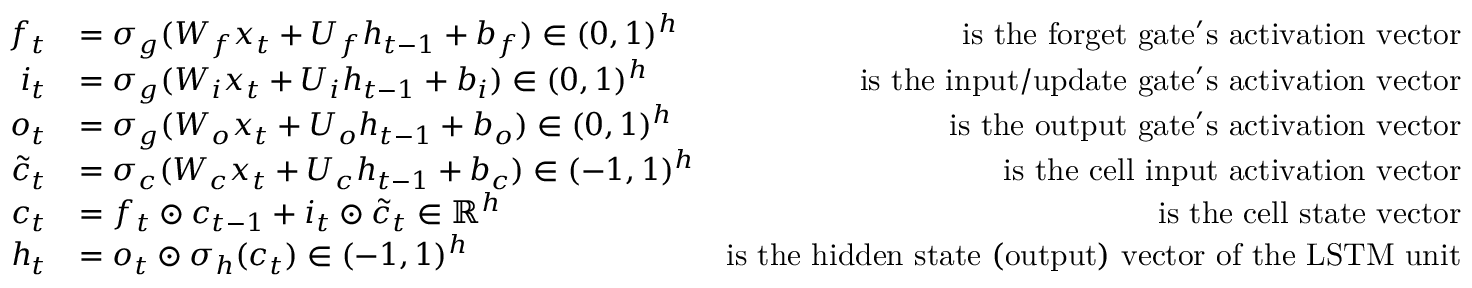
\begin{array} { r l r } { f _ { t } } & { = \sigma _ { g } ( W _ { f } x _ { t } + U _ { f } h _ { t - 1 } + b _ { f } ) \in ( 0 , 1 ) ^ { h } } & { \mathrm { i s ~ t h e ~ f o r g e t ~ g a t e ' s ~ a c t i v a t i o n ~ v e c t o r } } \\ { i _ { t } } & { = \sigma _ { g } ( W _ { i } x _ { t } + U _ { i } h _ { t - 1 } + b _ { i } ) \in ( 0 , 1 ) ^ { h } } & { \mathrm { i s ~ t h e ~ i n p u t / u p d a t e ~ g a t e ' s ~ a c t i v a t i o n ~ v e c t o r } } \\ { o _ { t } } & { = \sigma _ { g } ( W _ { o } x _ { t } + U _ { o } h _ { t - 1 } + b _ { o } ) \in ( 0 , 1 ) ^ { h } } & { \mathrm { i s ~ t h e ~ o u t p u t ~ g a t e ' s ~ a c t i v a t i o n ~ v e c t o r } } \\ { \tilde { c } _ { t } } & { = \sigma _ { c } ( W _ { c } x _ { t } + U _ { c } h _ { t - 1 } + b _ { c } ) \in ( - 1 , 1 ) ^ { h } } & { \mathrm { i s ~ t h e ~ c e l l ~ i n p u t ~ a c t i v a t i o n ~ v e c t o r } } \\ { c _ { t } } & { = f _ { t } \odot c _ { t - 1 } + i _ { t } \odot \tilde { c } _ { t } \in \mathbb { R } ^ { h } } & { \mathrm { i s ~ t h e ~ c e l l ~ s t a t e ~ v e c t o r } } \\ { h _ { t } } & { = o _ { t } \odot \sigma _ { h } ( c _ { t } ) \in ( - 1 , 1 ) ^ { h } } & { \mathrm { i s ~ t h e ~ h i d d e n ~ s t a t e ~ ( o u t p u t ) ~ v e c t o r ~ o f ~ t h e ~ L S T M ~ u n i t } } \end{array}